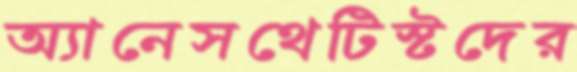
অ্যানেসথেটিস্টদের